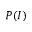
P ( I )